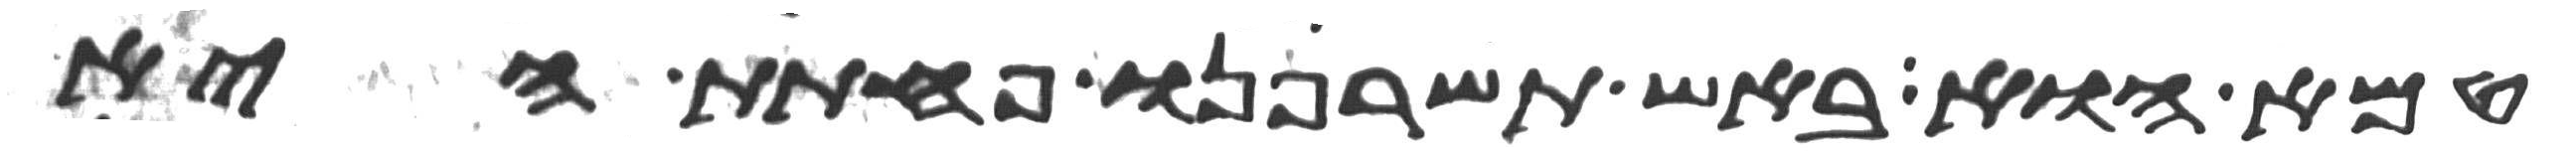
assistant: טמא הוא באש תשרפנו פחתת היא